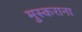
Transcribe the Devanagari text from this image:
मुस्कराना